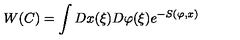
W ( C ) = \int D x ( \xi ) D \varphi ( \xi ) e ^ { - S ( \varphi , x ) }